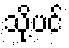
သို့ပင်